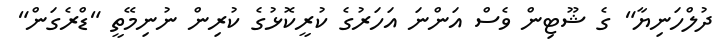
ދުލްހަނިޔާ" ގެ ޝޫޓިން ވެސް އަންނަ އަހަރުގެ ކުރީކޮޅުގެ ކުރިން ނުނިމޭތީ "ޑްރެގަން"